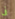
فى